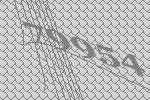
79954